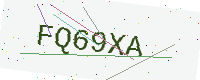
Text: FQ69XA